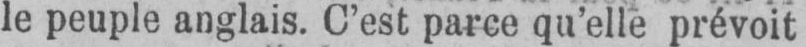
le peuple anglais. C’est parce qu’elle prévoit